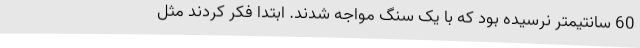
60 سانتیمتر نرسیده بود که با یک سنگ مواجه شدند. ابتدا فکر کردند مثل